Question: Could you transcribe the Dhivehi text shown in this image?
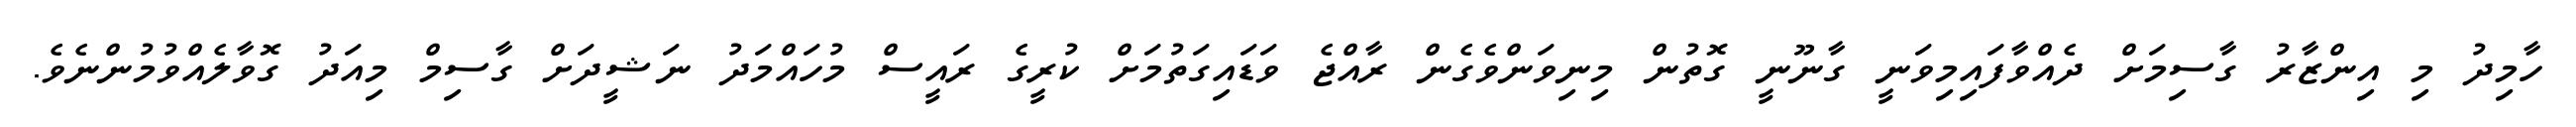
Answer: ހާމިދު މި އިންޒާރު ގާސިމަށް ދެއްވާފައިމިވަނީ ގާނޫނީ ގޮތުން މިނިވަންވެގެން ރާއްޖެ ވަޑައިގަތުމަށް ކުރީގެ ރައީސް މުހައްމަދު ނަޝީދަށް ގާސިމް މިއަދު ގޮވާލެއްވުމުންނެވެ.